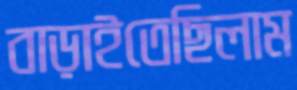
বাড়াইতেছিলাম